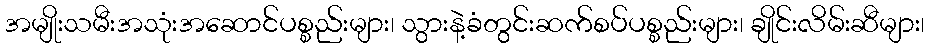
အမျိုးသမီးအသုံးအဆောင်ပစ္စည်းများ၊ သွားနဲ့ခံတွင်းဆက်စပ်ပစ္စည်းများ၊ ချိုင်းလိမ်းဆီများ၊